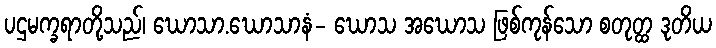
ပဌမက္ခရာတို့သည်၊ ဃောသာ.ဃောသာနံ- ဃောသ အဃောသ ဖြစ်ကုန်သော စတုတ္ထ ဒုတိယ